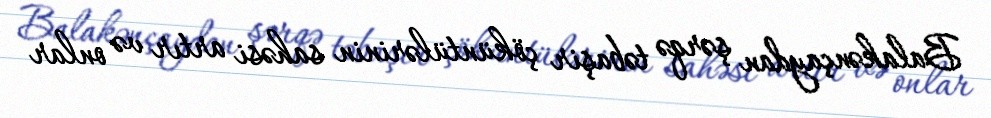
Balakənçaydan şərqə təbaşir çöküntülərinin sahəsi artır və onlar